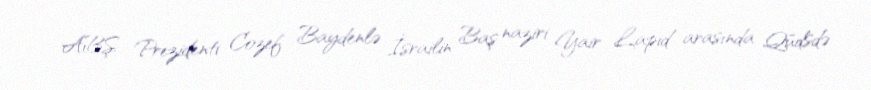
ABŞ Prezidenti Cozef Baydenlə İsrailin Baş naziri Yair Lapid arasında Qüdsdə